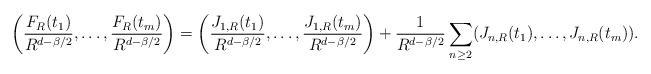
LaTeX: \begin{align*}\left(\frac{F_R(t_1)}{R^{d-\beta/2}},\ldots,\frac{F_R(t_m)}{R^{d-\beta/2}}\right)=\left(\frac{J_{1,R}(t_1)}{R^{d-\beta/2}},\ldots,\frac{J_{1,R}(t_m)}{R^{d-\beta/2}}\right)+\frac{1}{R^{d-\beta/2}}\sum_{n\geq 2}(J_{n,R}(t_1),\ldots,J_{n,R}(t_m)).\end{align*}